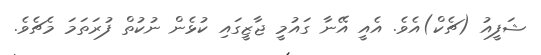
ޝަފީއު (ޗެކް)އެވެ. އެއީ އޭނާ ގައުމީ ޖާޒީގައި ކުޅެން ނުކުތް ފުރަތަމަ މެޗެވެ.